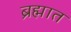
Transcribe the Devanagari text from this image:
ब्रह्मात